Annual report of the Punjab Veterinary College and of the Civil Veterinary Department, Punjab - 1894-1908
Year: 1894
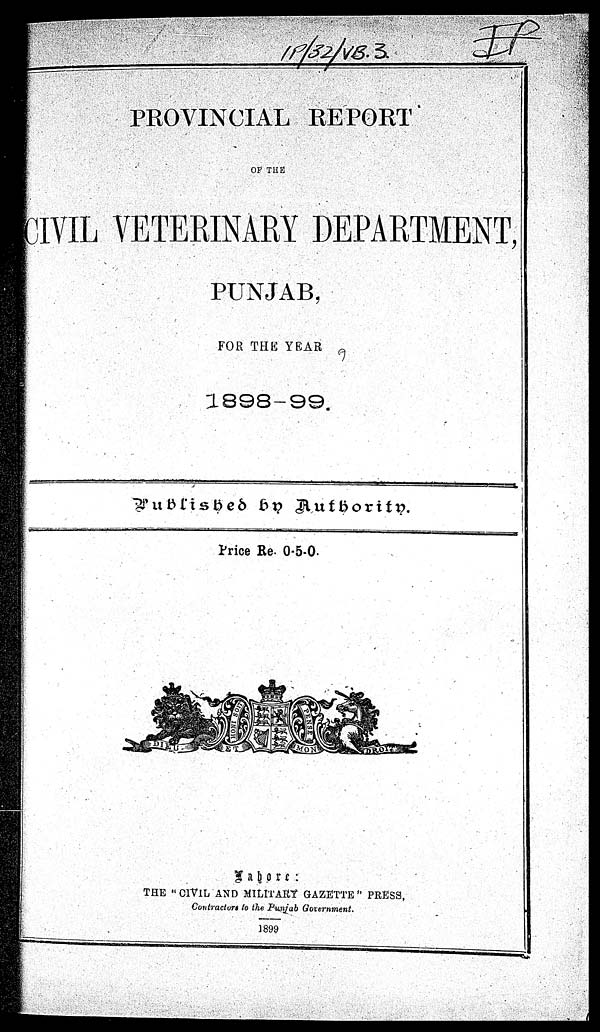
PROVINCIAL REPORT
OF THE
CIVIL VETERINARY DEPARTMENT,
PUNJAB,
FOR THE YEAR
1898-99.
Published
by
Authority.
Price Re. 0.5.0.
Lahore:
THE " CIVIL AND MILITARY GAZETTE" PRESS,
Contractors to the Punjab Government.
1899